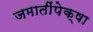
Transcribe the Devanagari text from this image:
जमातींपेक्षा